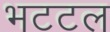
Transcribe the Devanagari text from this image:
भटटल